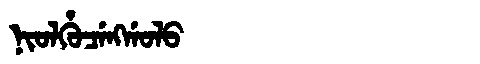
Manchu: ᠨᡳᠣᠯᡥᡠᠴᡝᠩᡤᠣᠯᠣ
Romanization: NIOLHUCENGGOLO